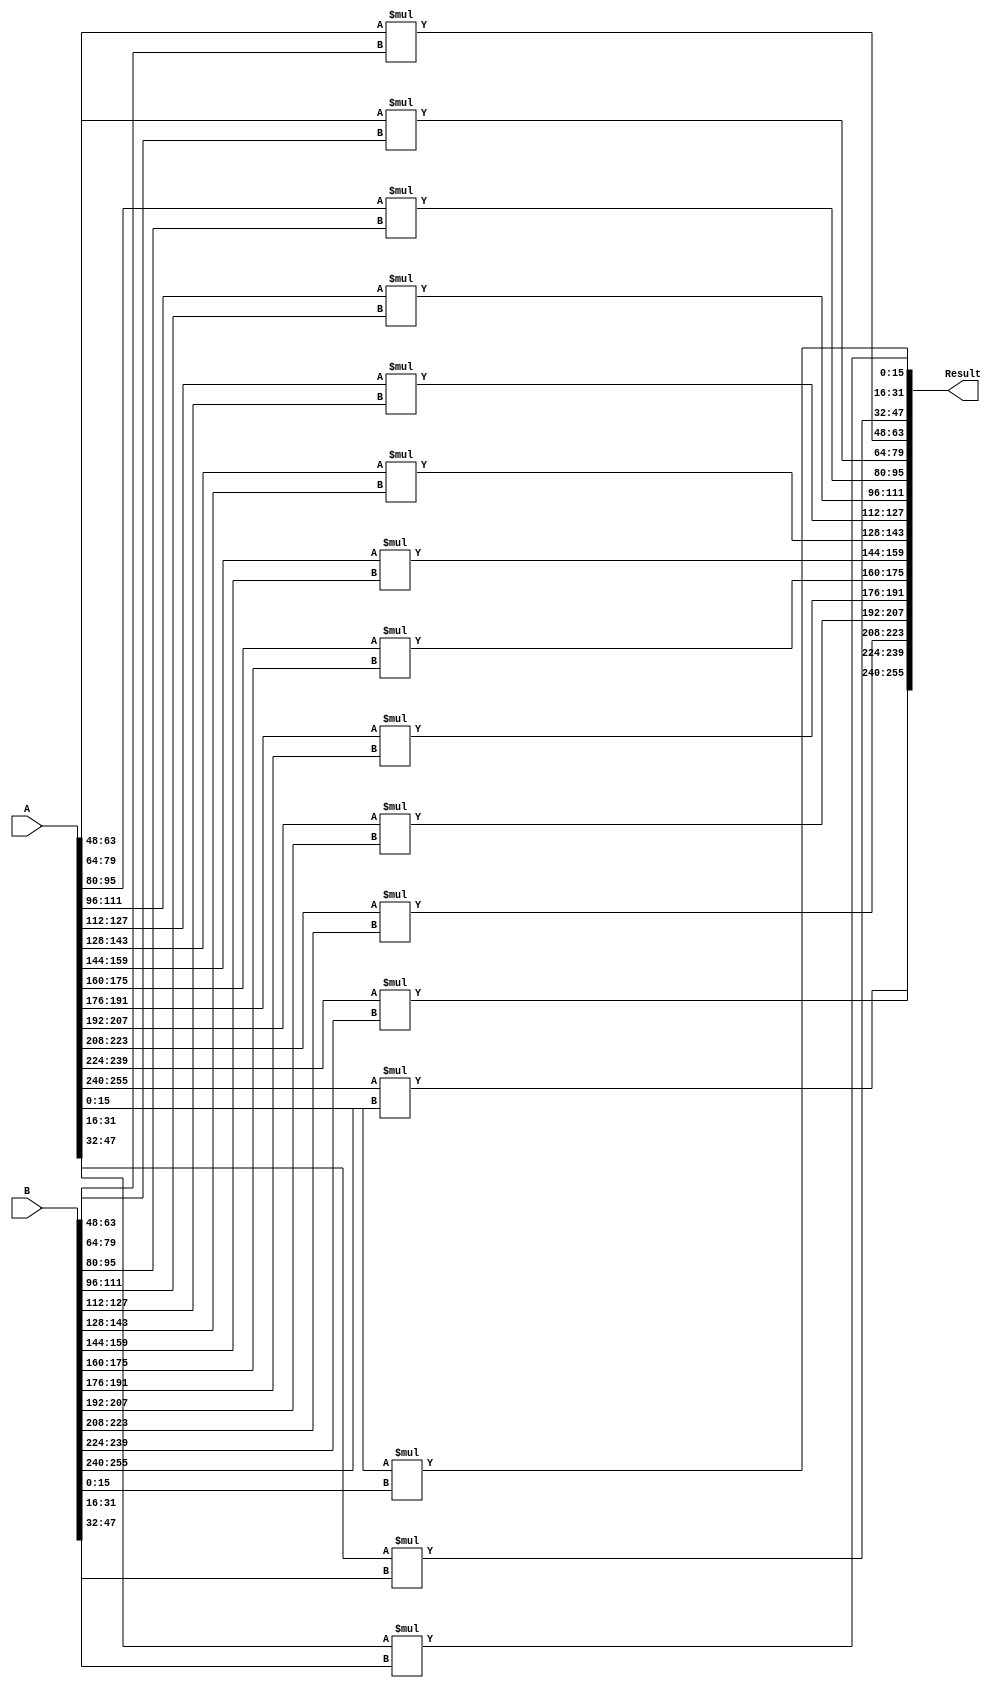
module VMult(
    input [255:0] A,
    input [255:0] B, 
    output [255:0] Result 
);

    assign Result[15:0]   = A[15:0]  *   B[15:0];
    assign Result[31:16]  = A[31:16] *   B[31:16];
    assign Result[47:32]  = A[47:32] *   B[47:32];
    assign Result[63:48]  = A[63:48] *   B[63:48];
    assign Result[79:64]  = A[79:64] *   B[79:64];
    assign Result[95:80]  = A[95:80] *   B[95:80];
    assign Result[111:96] = A[111:96] *  B[111:96];
    assign Result[127:112]= A[127:112] * B[127:112];
    assign Result[143:128]= A[143:128] * B[143:128];
    assign Result[159:144]= A[159:144] * B[159:144];
    assign Result[175:160]= A[175:160] * B[175:160];
    assign Result[191:176]= A[191:176] * B[191:176];
    assign Result[207:192]= A[207:192] * B[207:192];
    assign Result[223:208]= A[223:208] * B[223:208];
    assign Result[239:224]= A[239:224] * B[239:224];
    assign Result[255:240]= A[255:240] * B[255:240];

endmodule